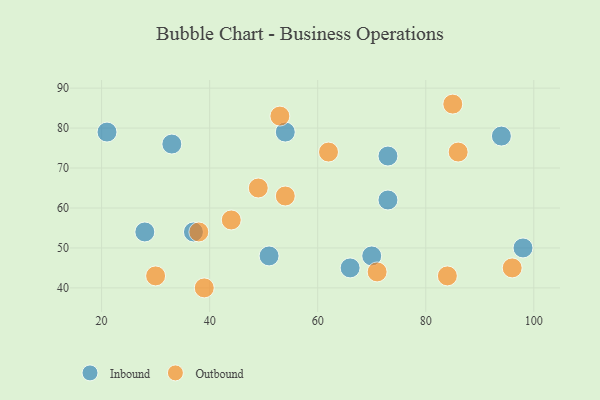
{"axis": {"x": "GDP", "y": "Life Expectancy"}, "legend": ["Inbound", "Outbound"], "data": [{"x": "94", "y": 78, "type": "Inbound"}, {"x": "98", "y": 50, "type": "Inbound"}, {"x": "73", "y": 62, "type": "Inbound"}, {"x": "70", "y": 48, "type": "Inbound"}, {"x": "28", "y": 54, "type": "Inbound"}, {"x": "37", "y": 54, "type": "Inbound"}, {"x": "51", "y": 48, "type": "Inbound"}, {"x": "54", "y": 79, "type": "Inbound"}, {"x": "21", "y": 79, "type": "Inbound"}, {"x": "73", "y": 73, "type": "Inbound"}, {"x": "33", "y": 76, "type": "Inbound"}, {"x": "66", "y": 45, "type": "Inbound"}, {"x": "71", "y": 44, "type": "Outbound"}, {"x": "53", "y": 83, "type": "Outbound"}, {"x": "44", "y": 57, "type": "Outbound"}, {"x": "84", "y": 43, "type": "Outbound"}, {"x": "39", "y": 40, "type": "Outbound"}, {"x": "38", "y": 54, "type": "Outbound"}, {"x": "54", "y": 63, "type": "Outbound"}, {"x": "96", "y": 45, "type": "Outbound"}, {"x": "86", "y": 74, "type": "Outbound"}, {"x": "85", "y": 86, "type": "Outbound"}, {"x": "62", "y": 74, "type": "Outbound"}, {"x": "49", "y": 65, "type": "Outbound"}, {"x": "30", "y": 43, "type": "Outbound"}]}